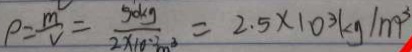
\rho = \frac { m } { V } = \frac { 5 0 k g } { 2 \times 1 0 ^ { - 2 } m ^ { 3 } } = 2 . 5 \times 1 0 ^ { 3 } k g / m ^ { 3 }